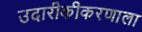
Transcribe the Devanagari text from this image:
उदारीकीकरणाला